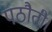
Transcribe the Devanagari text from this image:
पठौती।